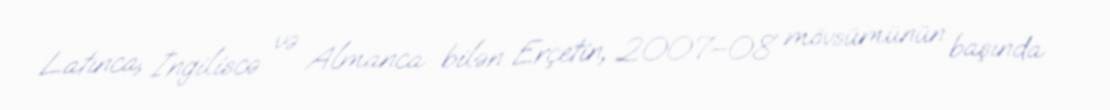
Latınca, İngiliscə və Almanca bilən Erçetin, 2007–08 mövsümünün başında